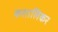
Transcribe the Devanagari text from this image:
कशालिकर